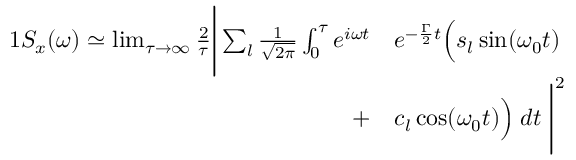
\begin{array} { r l } { { 1 } S _ { x } ( \omega ) \simeq \operatorname* { l i m } _ { \tau \to \infty } \frac { 2 } { \tau } \Bigg | \sum _ { l } \frac { 1 } { \sqrt { 2 \pi } } \int _ { 0 } ^ { \tau } e ^ { i \omega t } } & { e ^ { - \frac { \Gamma } { 2 } t } \Big ( s _ { l } \sin ( \omega _ { 0 } t ) } \\ { + } & { c _ { l } \cos ( \omega _ { 0 } t ) \Big ) \; d t \; \Bigg | ^ { 2 } } \end{array}